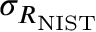
\sigma _ { R _ { \mathrm { { N I S T } } } }